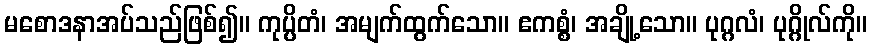
မစောဒနာအပ်သည်ဖြစ်၍။ ကုပ္ပိတံ၊ အမျက်ထွက်သော။ ဧကစ္စံ၊ အချို့သော။ ပုဂ္ဂလံ၊ ပုဂ္ဂိုလ်ကို။